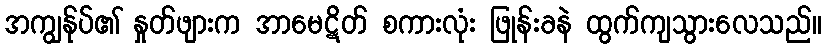
အကျွန်ုပ်၏ နှုတ်ဖျားက အာမေဋိတ် စကားလုံး ဖြုန်းခနဲ ထွက်ကျသွားလေသည်။